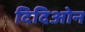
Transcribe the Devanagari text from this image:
दिदिओन